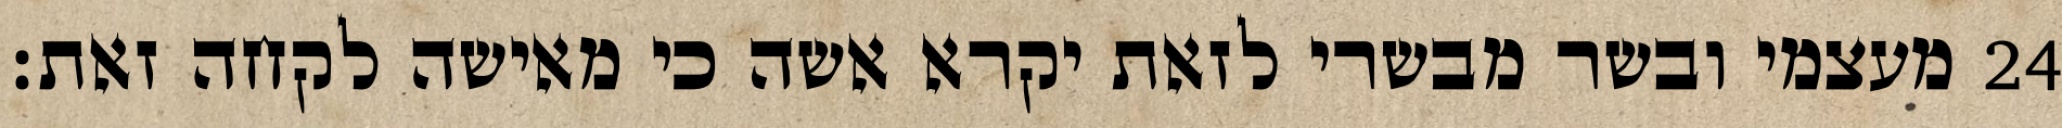
מעצמי ובשר מבשרי לזאת יקרא אשה כי מאישה לקחה זאת׃ ‎24‏